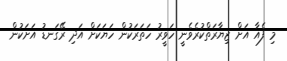
މި ފެއާ އަށް ޒިޔާރަތްކުރެވެނީ ހަވީރު ހަތަރަކުން ހަޔަކަށް އަދި ރޭގަނޑު އަށަކުން